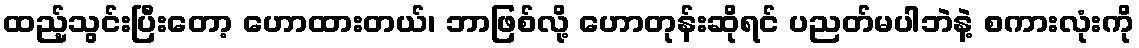
ထည့်သွင်းပြီးတော့ ဟောထားတယ်၊ ဘာဖြစ်လို့ ဟောတုန်းဆိုရင် ပညတ်မပါဘဲနဲ့ စကားလုံးကို